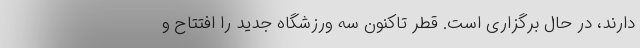
دارند، در حال برگزاری است. قطر تاکنون سه ورزشگاه جدید را افتتاح و